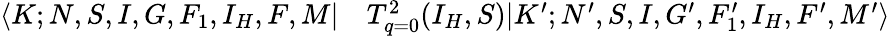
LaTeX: \begin{array}{rl}{\langle K;N,S,I,G,F_{1},I_{H},F,M|}&{{}T_{q=0}^{2}(I_{H},S)|K^{\prime};N^{\prime},S,I,G^{\prime},F_{1}^{\prime},I_{H},F^{\prime},M^{\prime}\rangle}\end{array}